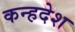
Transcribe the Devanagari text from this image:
कन्हदेश